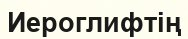
Иероглифтің